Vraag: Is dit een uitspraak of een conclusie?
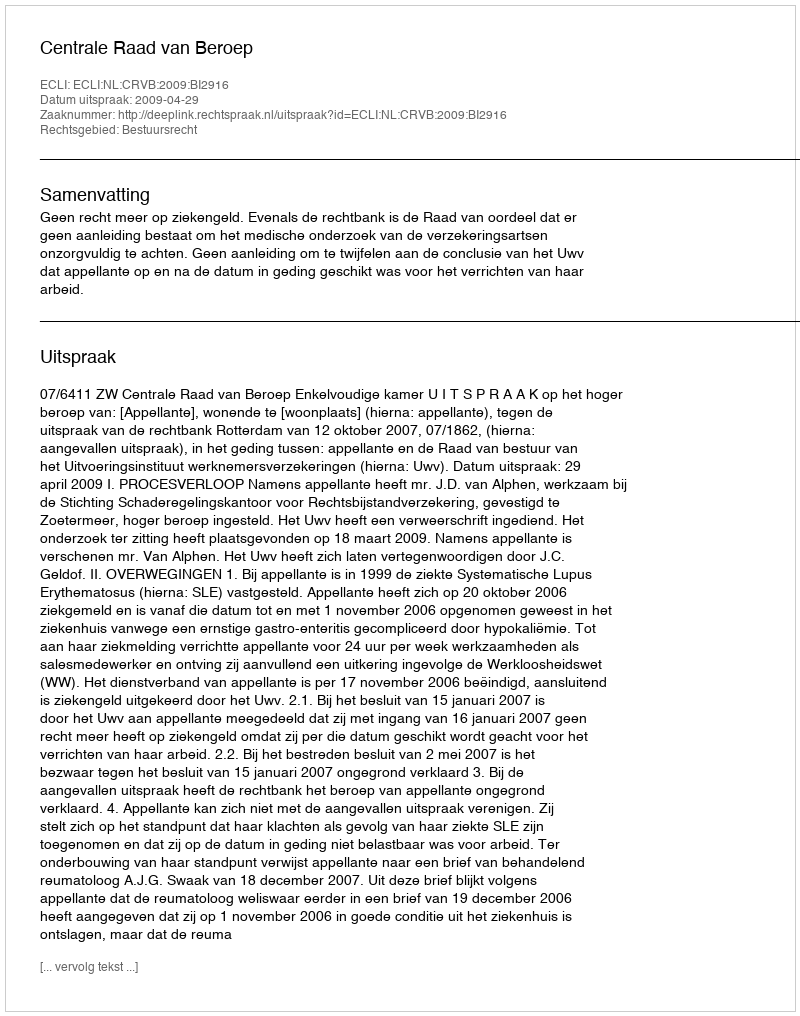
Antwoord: Uitspraak